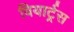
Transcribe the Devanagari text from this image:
वियार्ट्रस